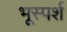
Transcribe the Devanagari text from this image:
भूस्पर्श